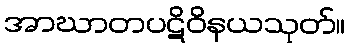
အာဃာတပဋိဝိနယသုတ်။